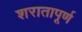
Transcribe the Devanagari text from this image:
शरातापूर्ण